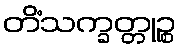
တိံသက္ခတ္တုဉ္စ